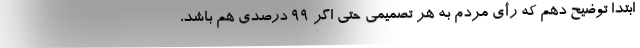
ابتدا توضیح دهم که رأی مردم به هر تصمیمی حتی اگر ۹۹ درصدی هم باشد،